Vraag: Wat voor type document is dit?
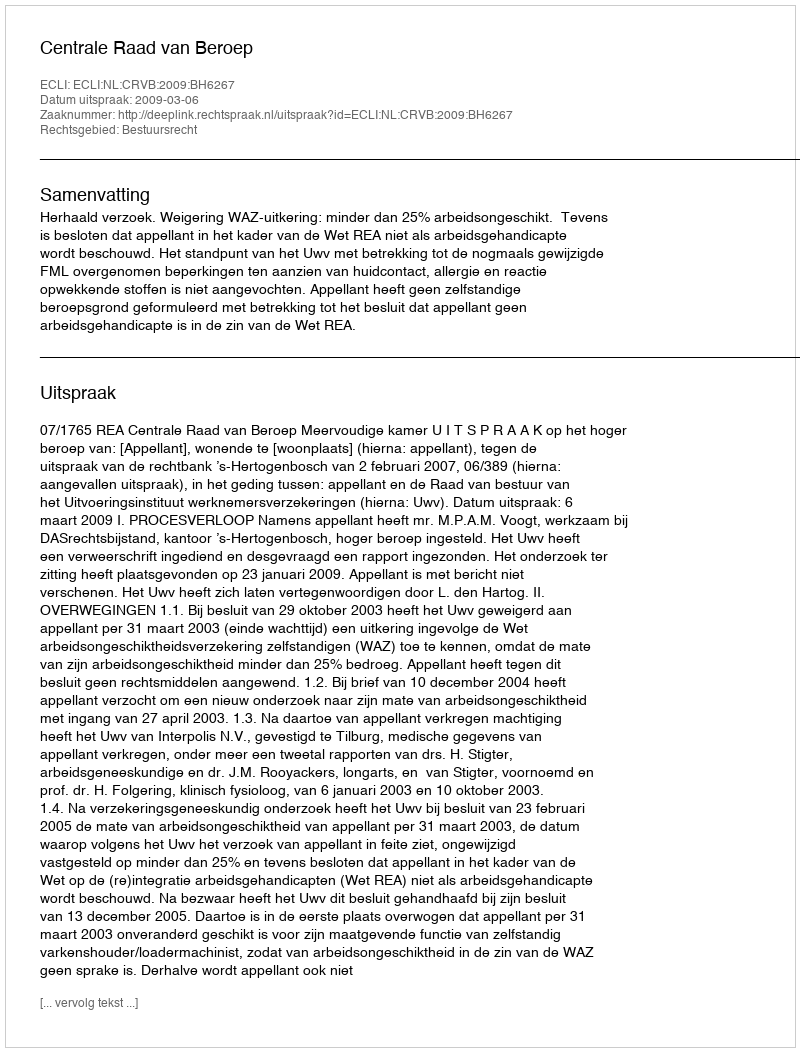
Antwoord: Uitspraak